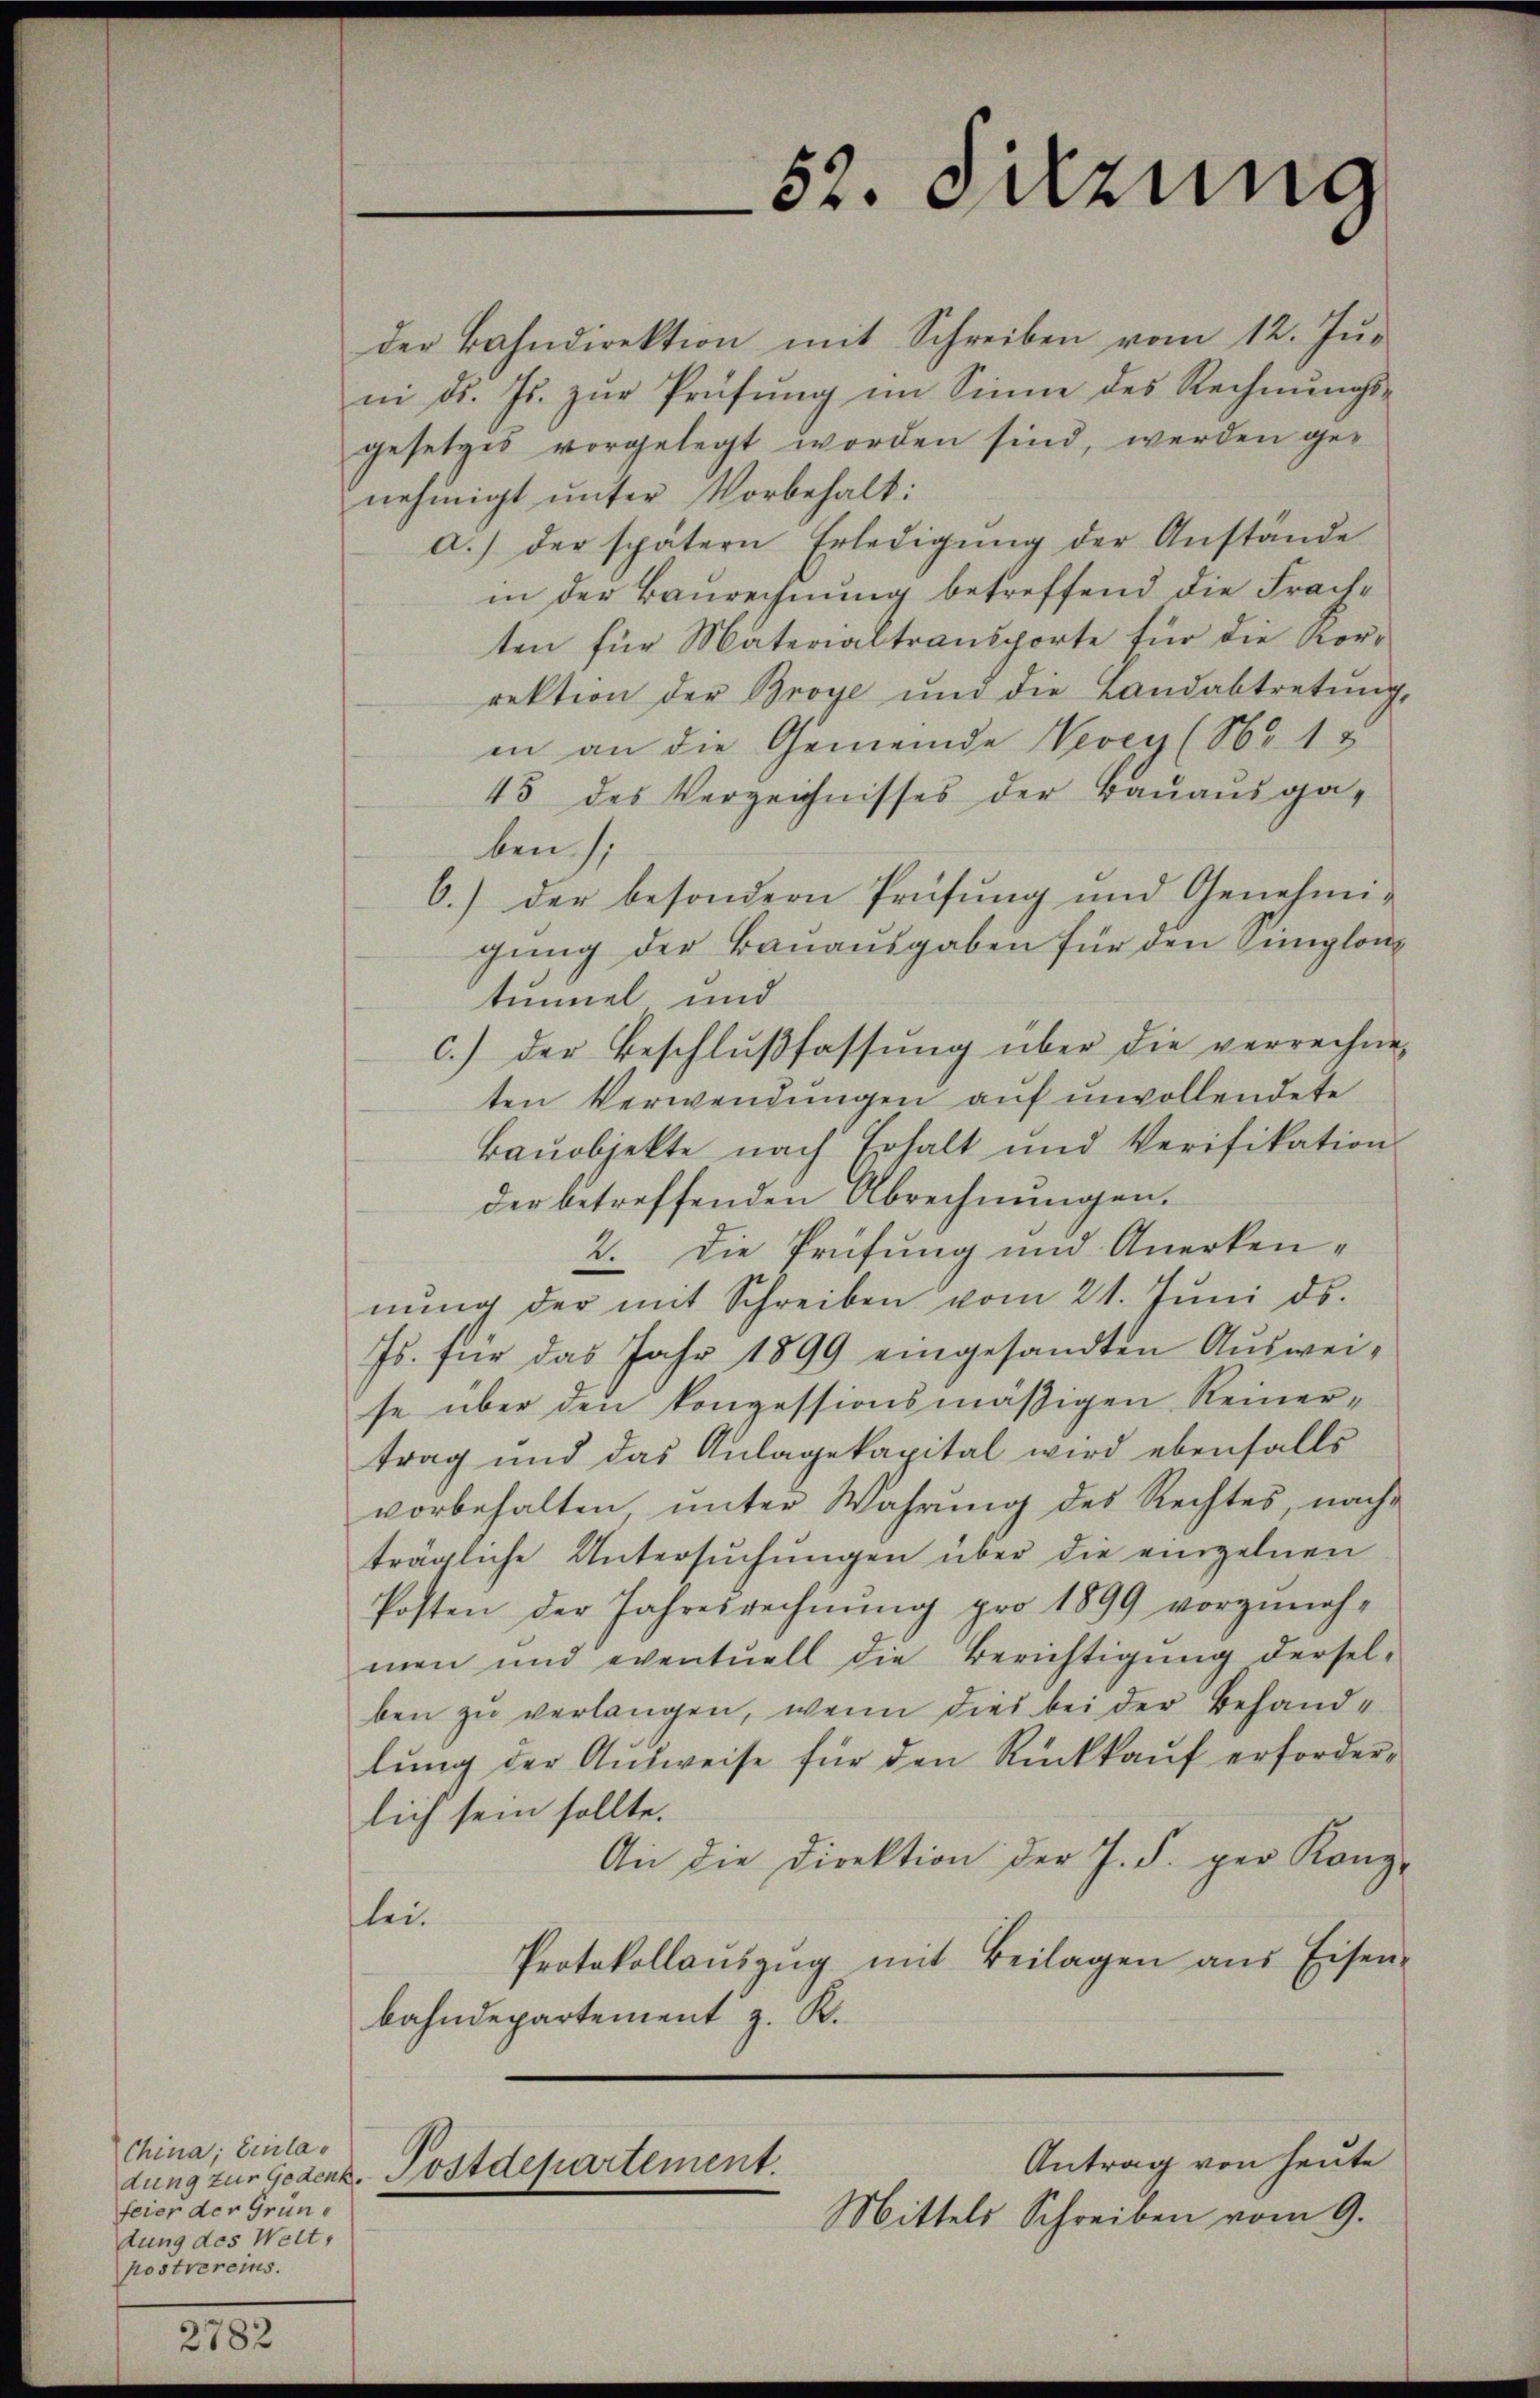
China; Einlafeier der Gründung des Welt,
postvereins.

der Bahndirektion mit Schreiben vom 12. Jŭ-
ni d. Js. zŭr Prüfung im Sinne des Rechnungsgesetzes vorgelegt worden sind, werden genehmigt ŭnter Vorbehalt:
a.) der spätern Erledigŭng der Anstande
in der Baurechnung betreffend die Frachten für Materialtransporte für die Korrektion der Broye und die Landabtretŭng,
in an die Gemeinde Vevey (Nr. 18
45 des Verzeichnisses der Bauausgaben);
6.) der besondern Prüfung und Genehmigung der Bauausgaben für den Simplon
tummel und
c.) der Beschlŭβfassŭng über die verrechne
ten Verwendungen auf unvollendete
Baŭobjekte nach Erhalt und Verifikation
der betreffenden Abrechnŭngen.
2. Die Prüfung und Anerkennŭng der mit Schreiben vom 21. Jŭni ds.
Js. für das Jahr 1899 eingesandten Ausweise über den konzessionsmäßigen Reinertrag und das Anlagekapital wird ebenfalls
vorbehalten ŭnter Wahrŭng des Rechtes, nach-
trägliche Untersuchungen über die einzelnen
Posten der Jahresrechnŭng pro 1899 vorgeneh-
men und eventuell die Berichtigung dersel-
ben zu verlangen, wenn dies bei der Behandlŭng der Aŭsweise für den Rückkaŭf erforder-
lich sein sollte.
An die Direktion der J. F. per Kanz-
lei¬
Protokollaŭszŭg mit Beilagen aus Eisen-
bahndepartement z. K.
Antrag von heute
dung zur Gedenz. Postdepartement.
Mittels Schreiben vom 9.

52. Setzung